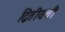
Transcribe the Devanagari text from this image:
द्वितीयची